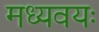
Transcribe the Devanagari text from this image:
मध्यवयः